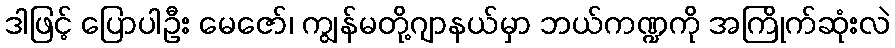
ဒါဖြင့် ပြောပါဦး မေဇော်၊ ကျွန်မတို့ဂျာနယ်မှာ ဘယ်ကဏ္ဍကို အကြိုက်ဆုံးလဲ